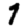
Digit: 7